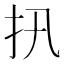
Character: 扟